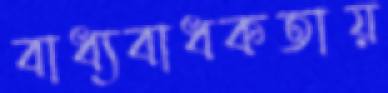
বাধ্যবাধকতায়